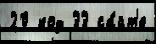
20 код 33 са́йт'е